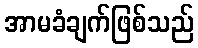
အာမခံချက်ဖြစ်သည်